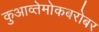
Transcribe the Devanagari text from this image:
कुआव्तेमोकबरोबर